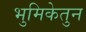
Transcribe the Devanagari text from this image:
भुमिकेतुन